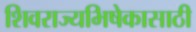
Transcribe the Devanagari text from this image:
शिवराज्यभिषेकासाठी